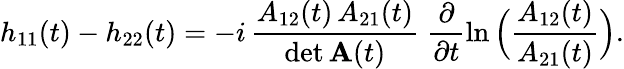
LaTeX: h_{11}(t)-h_{22}(t)=-i\, \frac{A_{12}(t)\, A_{21}(t)}{\operatorname*{det}{\mathbf A}(t)}\; \frac{\partial}{\partial t}\ln\Big(\frac{A_{12}(t)}{A_{21}(t)}\Big).